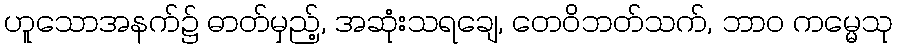
ဟူသောအနက်၌ ဓာတ်မှည့်, အဆုံးသရချေ, တေဝိဘတ်သက်, ဘာဝ ကမ္မေသု